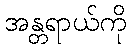
အန္တရာယ်ကို